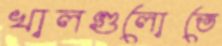
খালগুলোতে